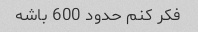
فکر کنم حدود 600 باشه